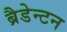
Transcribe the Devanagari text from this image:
ब्रैडेन्टन